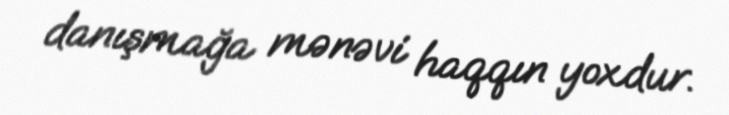
danışmağa mənəvi haqqın yoxdur.